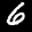
Label: 6